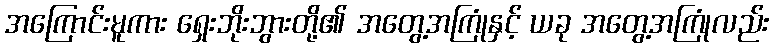
အကြောင်းမူကား ရှေးဘိုးဘွားတို့၏ အတွေ့အကြုံနှင့် ယခု အတွေ့အကြုံလည်း